Civil Veterinary Department. Central Provinces & Berar 1932-41 - 1932-1941
Year: 1932
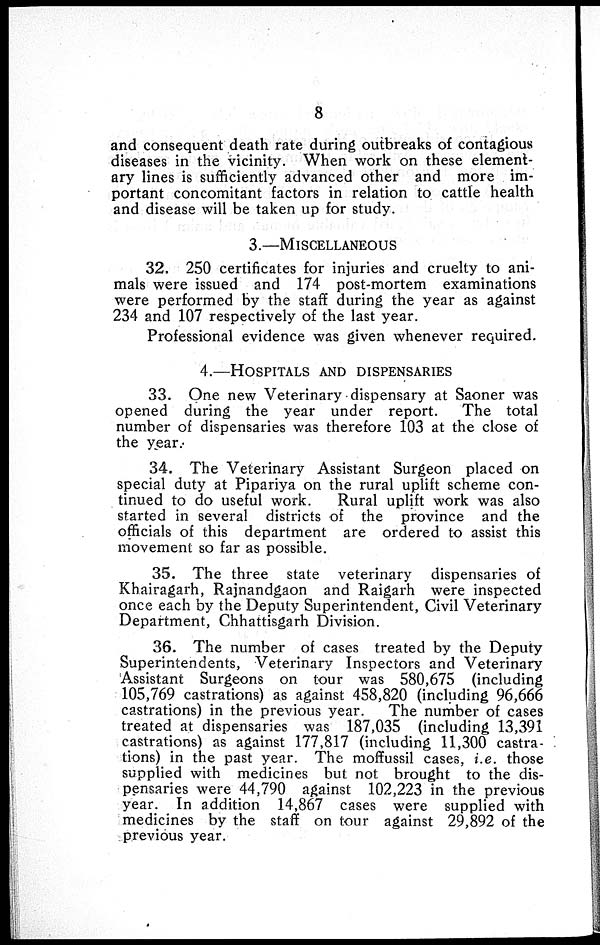
8
and consequent death rate during outbreaks of contagious
diseases in the vicinity. When work on these element-
ary lines is sufficiently advanced other and more im-
portant concomitant factors in relation to cattle health
and disease will be taken up for study.
3.—MISCELLANEOUS
32. 250 certificates for injuries and cruelty to ani-
mals were issued and 174 post-mortem examinations
were performed by the staff during the year as against
234 and 107 respectively of the last year.
Professional evidence was given whenever required.
4.—HOSPITALS AND DISPENSARIES
33. One new Veterinary dispensary at Saoner was
opened during the year under report.
The total
number of dispensaries was therefore 103 at the close of
the year.
34. The Veterinary Assistant Surgeon placed on
special duty at Pipariya on the rural uplift scheme con-
tinued to do useful work.
Rural uplift work was also
started in several districts of the province and the
officials of this department are ordered to assist this
movement so far as possible.
35. The three state veterinary dispensaries of
Khairagarh, Rajnandgaon and Raigarh were inspected
once each by the Deputy Superintendent, Civil Veterinary
Department, Chhattisgarh Division.
36. The number of cases treated by the Deputy
Superintendents, Veterinary Inspectors and Veterinary
Assistant Surgeons on tour was 580,675 (including
105,769 castrations) as against 458,820 (including 96,666
castrations) in the previous year.
The number of cases
treated at dispensaries was 187,035 (including 13,391
castrations) as against 177,817 (including 11,300 castra-
tions) in the past year. The moffussil cases, i.e. those
supplied with medicines but not brought to the dis-
pensaries were 44,790 against 102,223 in the previous
year. In addition 14,867 cases were supplied with
medicines by the staff on tour against 29,892 of the
previous year.